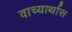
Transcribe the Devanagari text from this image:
वाच्यार्थास